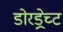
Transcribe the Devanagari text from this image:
डोरड्रेच्ट